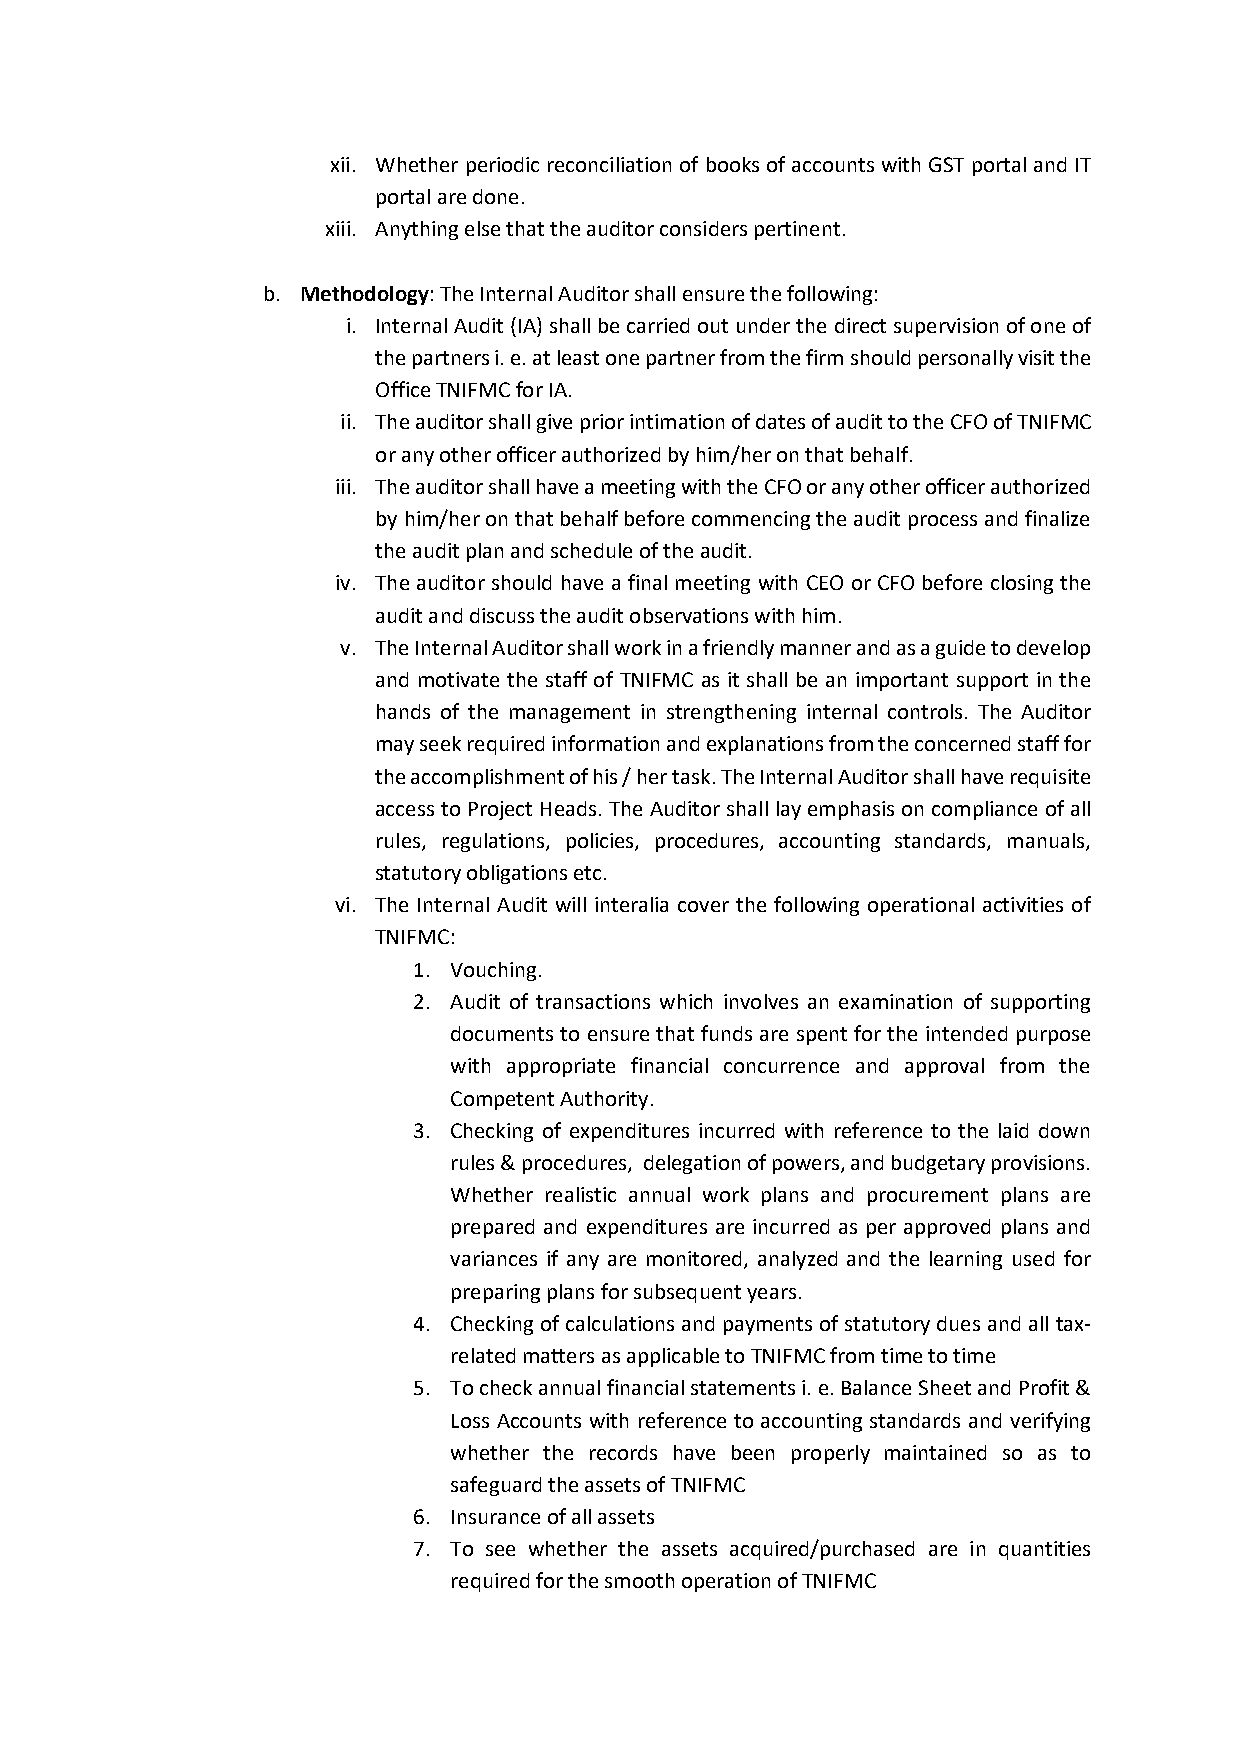
xii. Whether periodic reconciliation of books of accounts with GST portal and IT
 portal are done.
 xiii. Anything else that the auditor considers pertinent.
 b. Methodology: The Internal Auditor shall ensure the following:
 i. Internal Audit (IA) shall be carried out under the direct supervision of one of
 the partners i. e. at least one partner from the firm should personally visit the
 Office TNIFMC for IA.
 ii. The auditor shall give prior intimation of dates of audit to the CFO of TNIFMC
 or any other officer authorized by him/her on that behalf.
 iii. The auditor shall have a meeting with the CFO or any other officer authorized
 by him/her on that behalf before commencing the audit process and finalize
 the audit plan and schedule of the audit.
 iv. The auditor should have a final meeting with CEO or CFO before closing the
 audit and discuss the audit observations with him.
 v. The Internal Auditor shall work in a friendly manner and as a guide to develop
 and motivate the staff of TNIFMC as it shall be an important support in the
 hands of the management in strengthening internal controls. The Auditor
 may seek required information and explanations from the concerned staff for
 the accomplishment of his / her task. The Internal Auditor shall have requisite
 access to Project Heads. The Auditor shall lay emphasis on compliance of all
 rules, regulations, policies, procedures, accounting standards, manuals,
 statutory obligations etc.
 vi. The Internal Audit will interalia cover the following operational activities of
 TNIFMC:
 1. Vouching.
 2. Audit of transactions which involves an examination of supporting
 documents to ensure that funds are spent for the intended purpose
 with appropriate financial concurrence and approval from the
 Competent Authority.
 3. Checking of expenditures incurred with reference to the laid down
 rules & procedures, delegation of powers, and budgetary provisions.
 Whether realistic annual work plans and procurement plans are
 prepared and expenditures are incurred as per approved plans and
 variances if any are monitored, analyzed and the learning used for
 preparing plans for subsequent years.
 4. Checking of calculations and payments of statutory dues and all tax-
 related matters as applicable to TNIFMC from time to time
 5. To check annual financial statements i. e. Balance Sheet and Profit &
 Loss Accounts with reference to accounting standards and verifying
 whether the records have been properly maintained so as to
 safeguard the assets of TNIFMC
 6. Insurance of all assets
 7. To see whether the assets acquired/purchased are in quantities
 required for the smooth operation of TNIFMC